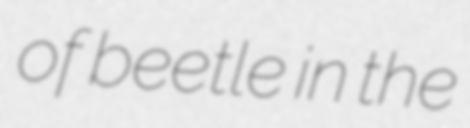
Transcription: of beetle in the